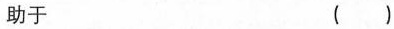
助于 ( )